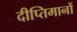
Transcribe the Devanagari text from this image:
दीप्तिमानों